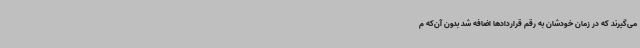
می‌گیرند که در زمان خودشان به رقم قراردادها اضافه شد بدون آن‌که م